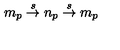
m _ { p } \stackrel { s } { \rightarrow } n _ { p } \stackrel { s } { \rightarrow } m _ { p }